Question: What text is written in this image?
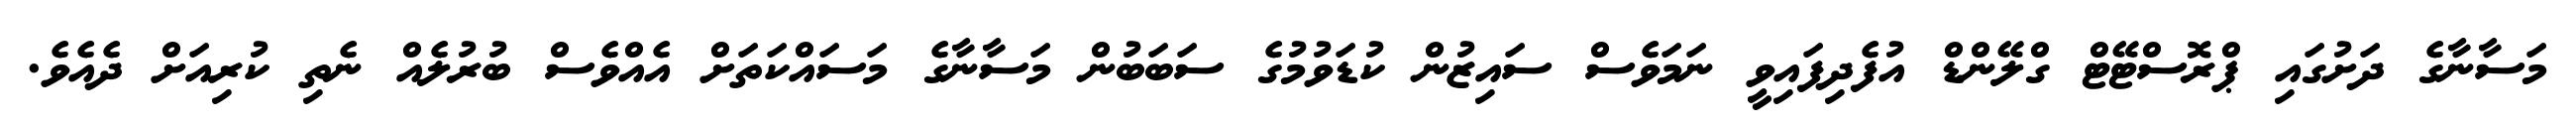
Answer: މަސާނާގެ ދަށުގައި ޕްރޮސްޓޭޓް ގްލޭންޑް އުފެދިފައިވީ ނަމަވެސް ސައިޒުން ކުޑަވުމުގެ ސަބަބުން މަސާނާގެ މަސައްކަތަށް އެއްވެސް ބުރުލެއް ނެތި ކުރިއަށް ދެއެވެ.